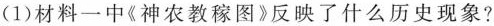
(1)材料一中《神农教稼图》反映了什么历史现象?